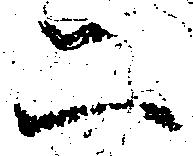
二